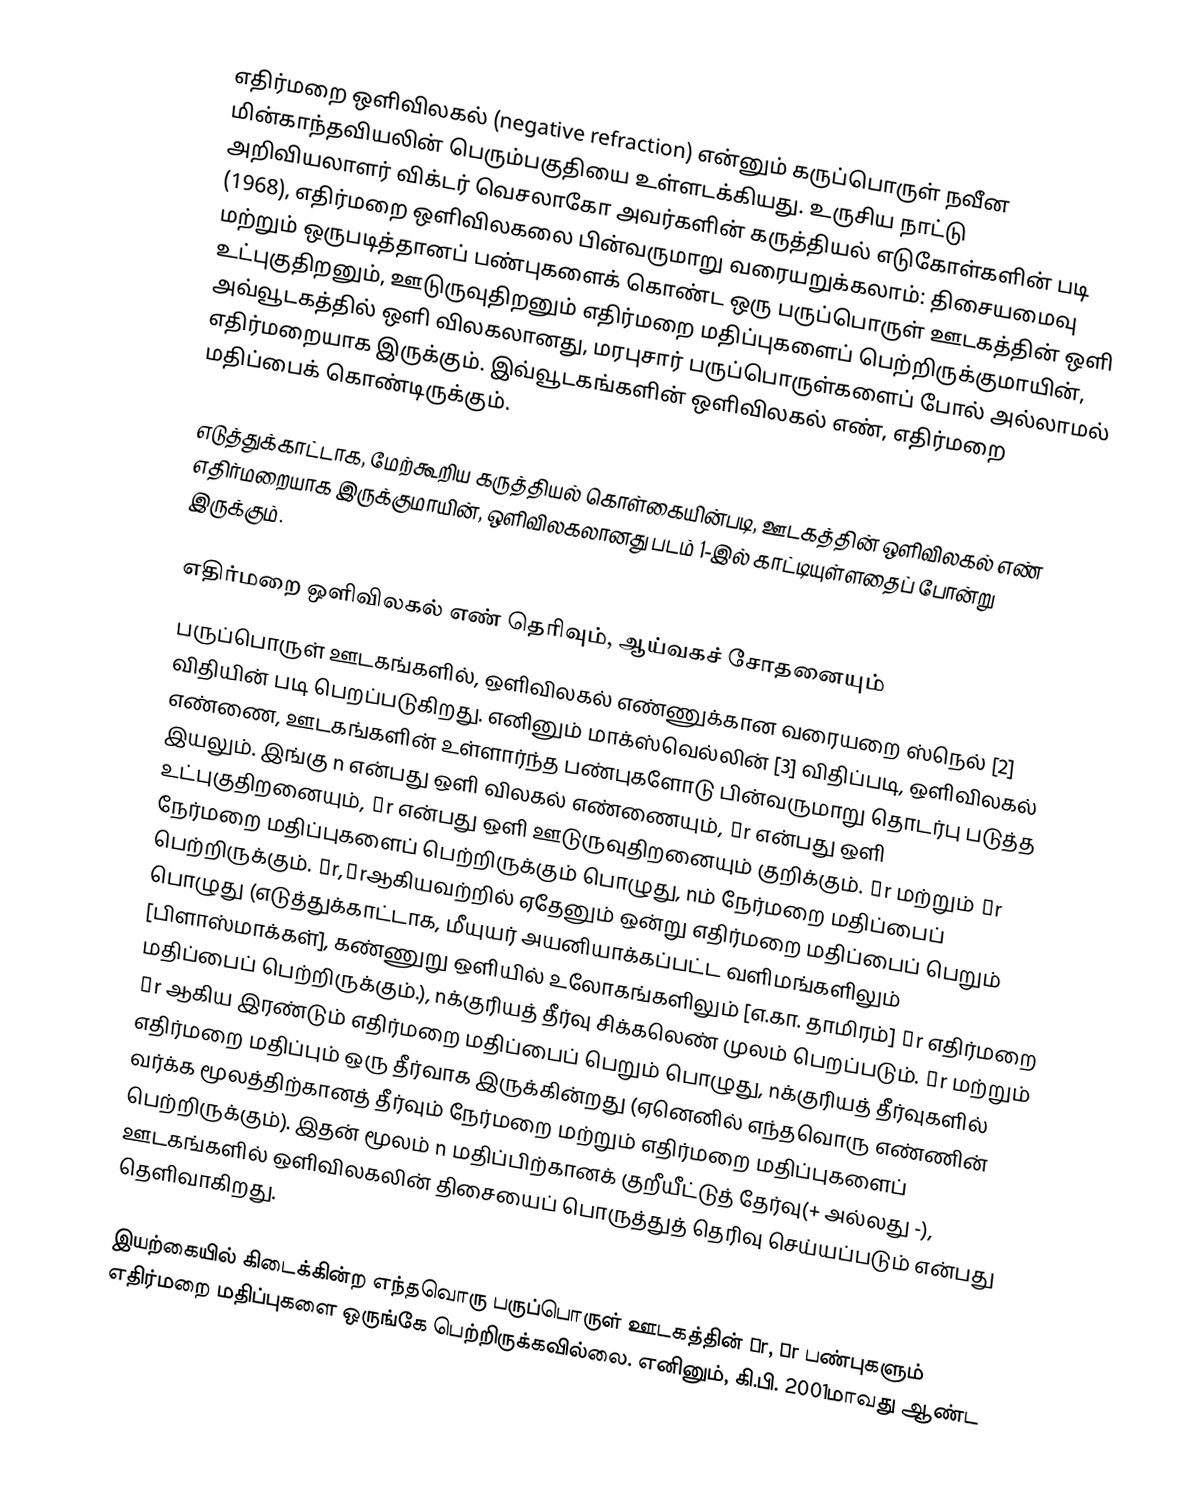
எதிர்மறை ஒளிவிலகல் (negative refraction) என்னும் கருப்பொருள் நவீன மின்காந்தவியலின் பெரும்பகுதியை உள்ளடக்கியது. உருசிய நாட்டு அறிவியலாளர் விக்டர் வெசலாகோ அவர்களின் கருத்தியல் எடுகோள்களின் படி (1968), எதிர்மறை ஒளிவிலகலை பின்வருமாறு வரையறுக்கலாம்: திசையமைவு மற்றும் ஒருபடித்தானப் பண்புகளைக் கொண்ட ஒரு பருப்பொருள் ஊடகத்தின் ஒளி உட்புகுதிறனும், ஊடுருவுதிறனும் எதிர்மறை மதிப்புகளைப் பெற்றிருக்குமாயின், அவ்வூடகத்தில் ஒளி விலகலானது, மரபுசார் பருப்பொருள்களைப் போல் அல்லாமல் எதிர்மறையாக இருக்கும். இவ்வூடகங்களின் ஒளிவிலகல் எண், எதிர்மறை மதிப்பைக் கொண்டிருக்கும்.

எடுத்துக்காட்டாக, மேற்கூறிய கருத்தியல் கொள்கையின்படி, ஊடகத்தின் ஒளிவிலகல் எண்  எதிர்மறையாக இருக்குமாயின், ஒளிவிலகலானது படம் 1-இல் காட்டியுள்ளதைப் போன்று இருக்கும்.

எதிர்மறை ஒளிவிலகல் எண் தெரிவும், ஆய்வகச் சோதனையும்
பருப்பொருள் ஊடகங்களில், ஒளிவிலகல் எண்ணுக்கான வரையறை ஸ்நெல் [2] விதியின் படி பெறப்படுகிறது. எனினும் மாக்ஸ்வெல்லின் [3] விதிப்படி, ஒளிவிலகல் எண்ணை, ஊடகங்களின் உள்ளார்ந்த பண்புகளோடு பின்வருமாறு தொடர்பு படுத்த இயலும். இங்கு n என்பது ஒளி விலகல் எண்ணையும், εr என்பது ஒளி உட்புகுதிறனையும், μr என்பது ஒளி ஊடுருவுதிறனையும் குறிக்கும். εr மற்றும் μr நேர்மறை மதிப்புகளைப் பெற்றிருக்கும் பொழுது, nம் நேர்மறை மதிப்பைப் பெற்றிருக்கும். εr,μrஆகியவற்றில் ஏதேனும் ஒன்று எதிர்மறை மதிப்பைப் பெறும் பொழுது (எடுத்துக்காட்டாக, மீயுயர் அயனியாக்கப்பட்ட வளிமங்களிலும் [பிளாஸ்மாக்கள்], கண்ணுறு ஒளியில் உலோகங்களிலும் [எ.கா. தாமிரம்] εr எதிர்மறை மதிப்பைப் பெற்றிருக்கும்.), nக்குரியத் தீர்வு சிக்கலெண் முலம் பெறப்படும்.  εr மற்றும் μr ஆகிய இரண்டும் எதிர்மறை மதிப்பைப் பெறும் பொழுது, nக்குரியத் தீர்வுகளில் எதிர்மறை மதிப்பும் ஒரு தீர்வாக இருக்கின்றது (ஏனெனில் எந்தவொரு எண்ணின் வர்க்க மூலத்திற்கானத்  தீர்வும் நேர்மறை மற்றும் எதிர்மறை மதிப்புகளைப் பெற்றிருக்கும்). இதன் மூலம் n மதிப்பிற்கானக் குறீயீட்டுத் தேர்வு(+ அல்லது -), ஊடகங்களில் ஒளிவிலகலின் திசையைப் பொருத்துத் தெரிவு செய்யப்படும் என்பது தெளிவாகிறது.

இயற்கையில் கிடைக்கின்ற எந்தவொரு பருப்பொருள் ஊடகத்தின் εr, μr பண்புகளும் எதிர்மறை மதிப்புகளை ஒருங்கே பெற்றிருக்கவில்லை. எனினும், கி.பி. 2001மாவது ஆண்ட